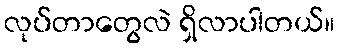
လုပ်တာတွေလဲ ရှိလာပါတယ်။